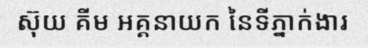
ស៊ុយ គីម អគ្គនាយក នៃទីភ្នាក់ងារ